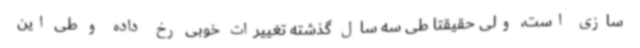
سازی است، ولی حقیقتاً طی سه سال گذشته تغییرات خوبی رخ‌ داده و طی این